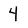
Character: 4